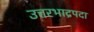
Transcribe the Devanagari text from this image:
उत्तरभाद्रपदा